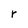
Character: r